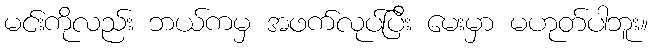
မင်းကိုလည်း ဘယ်ကမှ အဖက်လုပ်ပြီး မေးမှာ မဟုတ်ပါဘူး။